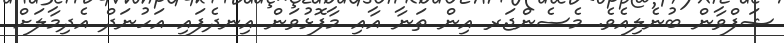
ޝަފްވާން ބުނެލިއެވެ. މެސެންޖަރ އިން ތަނާ އާއި މާފޮޅުވަން އިނދެފައި އަހުނަދް އެދިމާލަށް